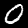
Digit: 0